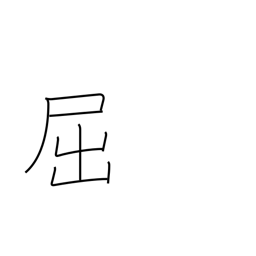
Meaning: yield